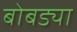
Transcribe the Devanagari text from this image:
बोबड्या